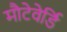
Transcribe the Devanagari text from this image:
मौटेवेर्डि